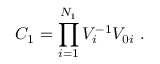
C _ { 1 } = \prod _ { i = 1 } ^ { N _ { 1 } } V _ { i } ^ { - 1 } V _ { 0 i } \ .